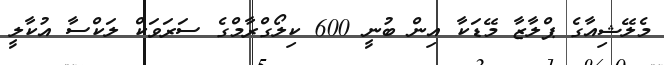
މެލޭޝިއާގެ ޕްލާޒާ މޭޑަކާ އިން ބުނީ 600 ކިލޯގްރާމްގެ ސަރަވަކް ލަކްސާ އުކާލީ